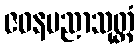
ဇဝနပညာသုတ္တံ